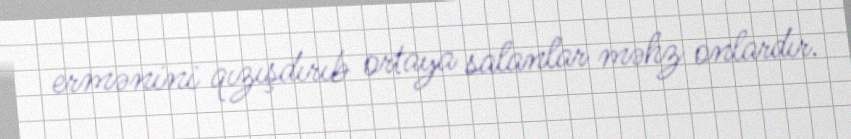
ermənini qızışdırıb ortaya salanlar məhz onlardır.